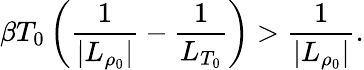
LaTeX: \beta T_{0}\left(\frac{1}{|L_{\rho_{0}}|}-\frac{1}{L_{T_{0}}}\right)>\frac{1}{|L_{\rho_{0}}|}.